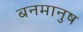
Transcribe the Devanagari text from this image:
बनमानुष